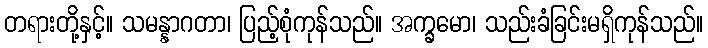
တရားတို့နှင့်။ သမန္နာဂတာ၊ ပြည့်စုံကုန်သည်။ အက္ခမော၊ သည်းခံခြင်းမရှိကုန်သည်။